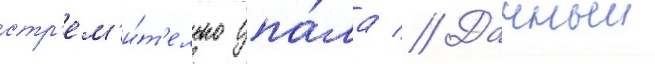
стр'ем'и́т'ельно упа́ла // Данныи